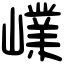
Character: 嶫